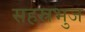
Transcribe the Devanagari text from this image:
सहस्रभुज